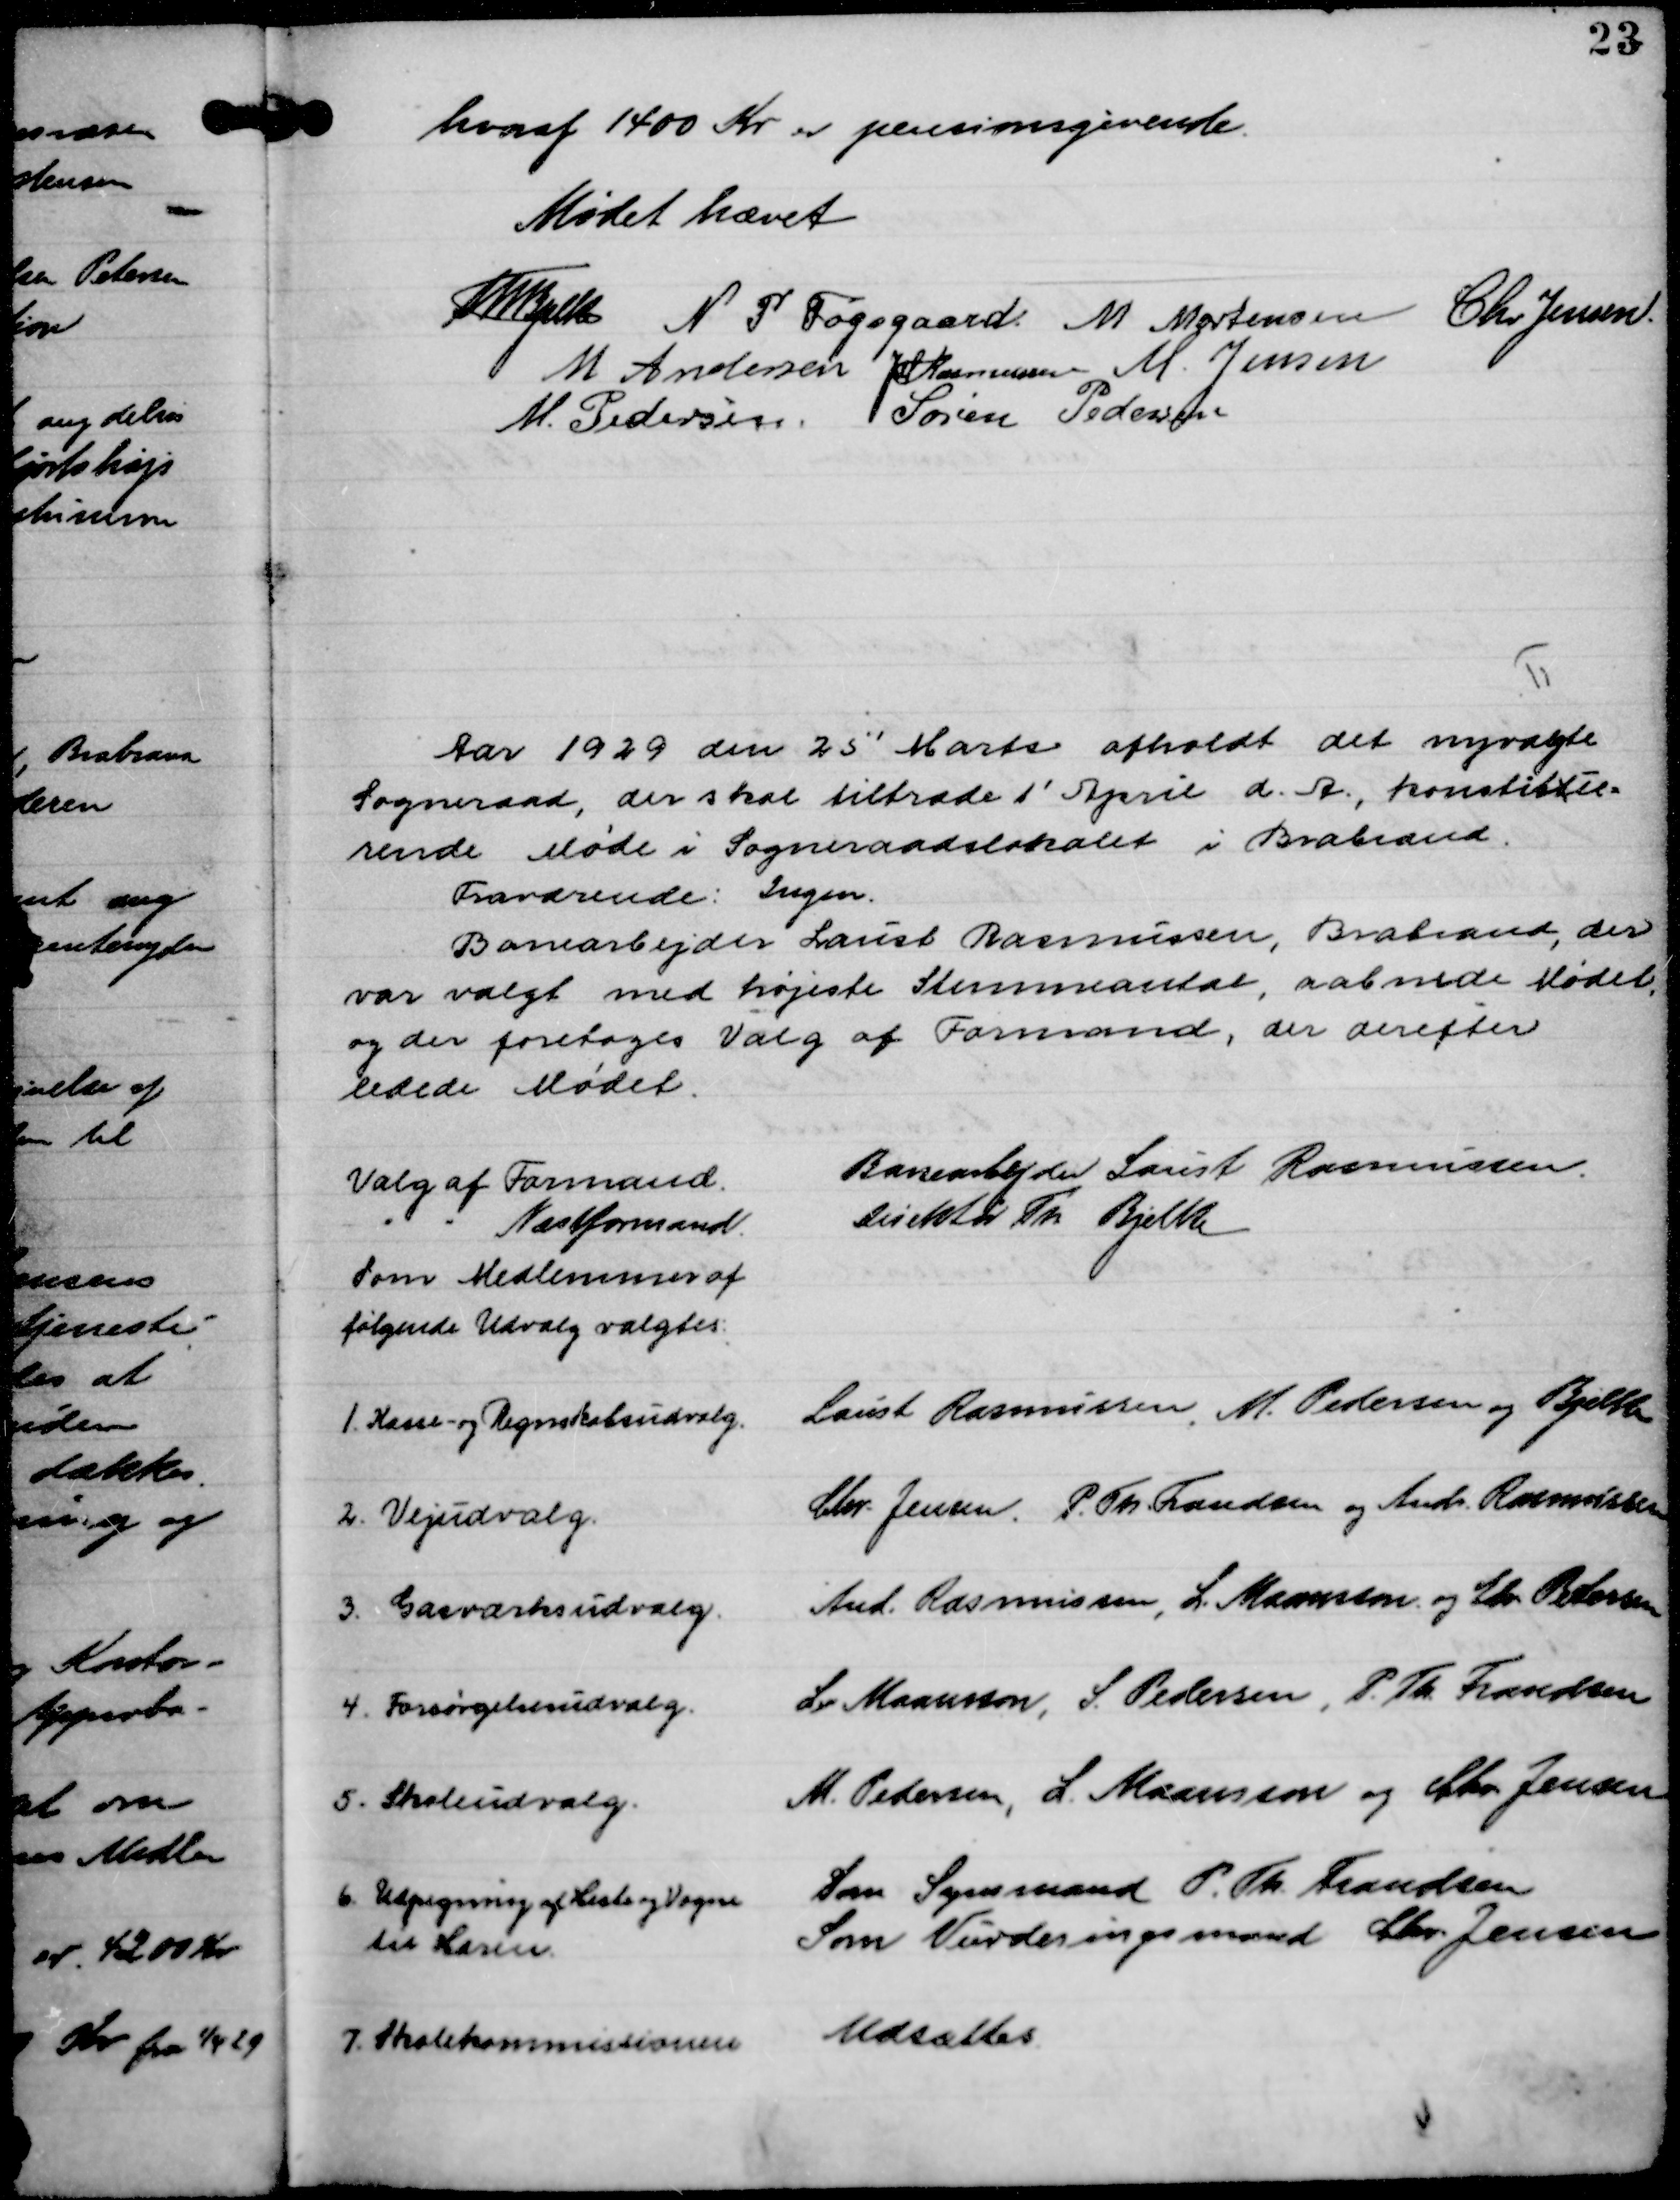
Transskription:
hvoraf 1400 Kr er pensionsgivende.

Mødet hævet
Th Bjelke
N. P. Fogsgaard.
M. Mortensen
Chr. Jensen.
M Andersen
JM Rasmussen
M. Jensen
M. Pedersen
Søren Pedersen

Aar 1929 den 25' Marts afholdt det nyvalgte
Sogneraad, der skal tiltræde 1´ April d. A. konstittue-
rende Møde i Sogneraadslokalet i Brabrand.
Fraværende: Ingen.

Banearbejder Laust Rasmussen, Brabrand, der
var valgt med højeste Stemmeantal, aabnede Mødet,
og der foretoges Valg af Formand, der derefter 
ledede Mødet.

Valg af Formand.
Banearbejder Laust Rasmussen.
" " Næstformand.
Direktør Th. Bjelke
Som Medlemmer af
følgende Udvalg valgtes:
1. Kasse- og Regnskabsudvalg.
Laust Rasmussen, M. Pedersen og Bjelke
2. Vejudvalg.
Chr. Jensen. P. Th. Frandsen og Andr. Rasmussen
3. Gasværksudvalg.
And. Rasmussen, L. Maansson. og Edv. Pedersen 
4. Forsørgelsesudvalg.
L. Maansson, S. Pedersen P. Th. Frandsen
5. Skoleudvalg.
M. Pedersen, L. Maansson og Chr. Jensen
6 Udpegning af Heste og Vogne
til Hæren.
Som Synsmand P. Th. Frandsen
Som Vurderingsmand Chr. Jensen
7 Skolekommissionen
Udsættes